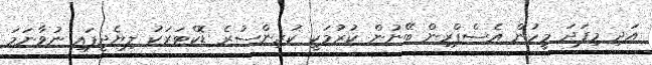
އަދި މިފަދަ މީހުން އެސްޕްރިން ބޭނުން ކުރުމަކީ ކުރިންސުރެ ޑޮކްޓަރަކު ލިޔެދީފައި ނުވާނަމަ